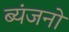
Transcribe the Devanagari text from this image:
ब्यंजनों